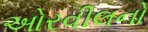
ઓરવીલનો